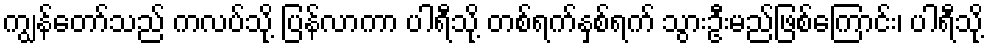
ကျွန်တော်သည် ကလပ်သို့ ပြန်လာကာ ပါရီသို့ တစ်ရက်နှစ်ရက် သွားဦးမည်ဖြစ်ကြောင်း၊ ပါရီသို့